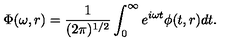
\Phi ( \omega , r ) = \frac { 1 } { ( 2 \pi ) ^ { 1 / 2 } } \int _ { 0 } ^ { \infty } e ^ { i \omega t } \phi ( t , r ) d t .